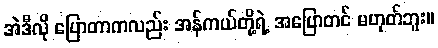
အဲဒီလို ပြောတာကလည်း အန်ကယ်တို့ရဲ့ အပြောတင် မဟုတ်ဘူး။